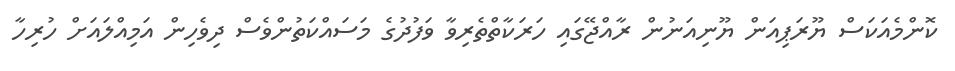
ކޮންމެއަކަސް ޔޫރަޕިއަން ޔޫނިއަނުން ރާއްޖޭގައި ހަރަކާތްތެރިވާ ވަފުދުގެ މަސައްކަތުންވެސް ދިވެހިން އަމިއްލައަށް ހުރިހާ